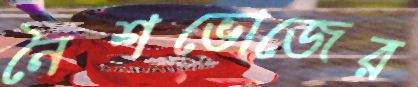
নৈশভোজের